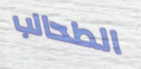
الطحالب